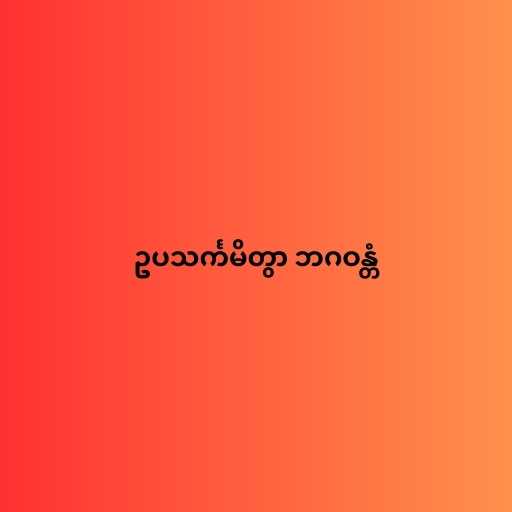
ဥပသင်္ကမိတွာ ဘဂဝန္တံ